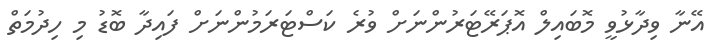
އޭނާ ވިދާޅުވީ މޮބައިލް އޮޕަރޭޓަރުންނަށް ވުރެ ކަސްޓަރަމުންނަށް ފައިދާ ބޮޑު މި ހިދުމަތް